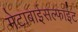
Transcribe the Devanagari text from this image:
मेटाबाईसल्फाईट